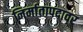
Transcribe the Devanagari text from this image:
निर्मातापदावर